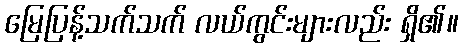
မြေပြန့်သက်သက် လယ်ကွင်းများလည်း ရှိ၏။